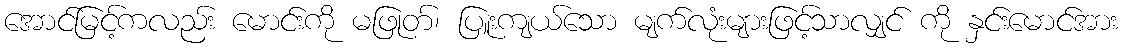
အောင်မြင့်ကလည်း မောင်းကို မဖြုတ်၊ ပြူးကျယ်သော မျက်လုံးများဖြင့်သာလျှင် ကို နှင်းမောင်အား